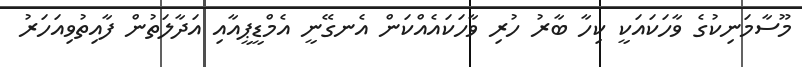
މޫސާމަނިކުގެ ވާހަކައަކީ ކިހާ ބާރު ހުރި ވާހަކައެއްކަން އެނގޭނީ އެމްޑީޕީއާއި އަދާލަތުން ފާއިތުވިއަހަރު